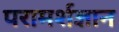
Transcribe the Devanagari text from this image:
परामर्शज्ञान